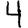
Digit: 4